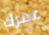
عمرك